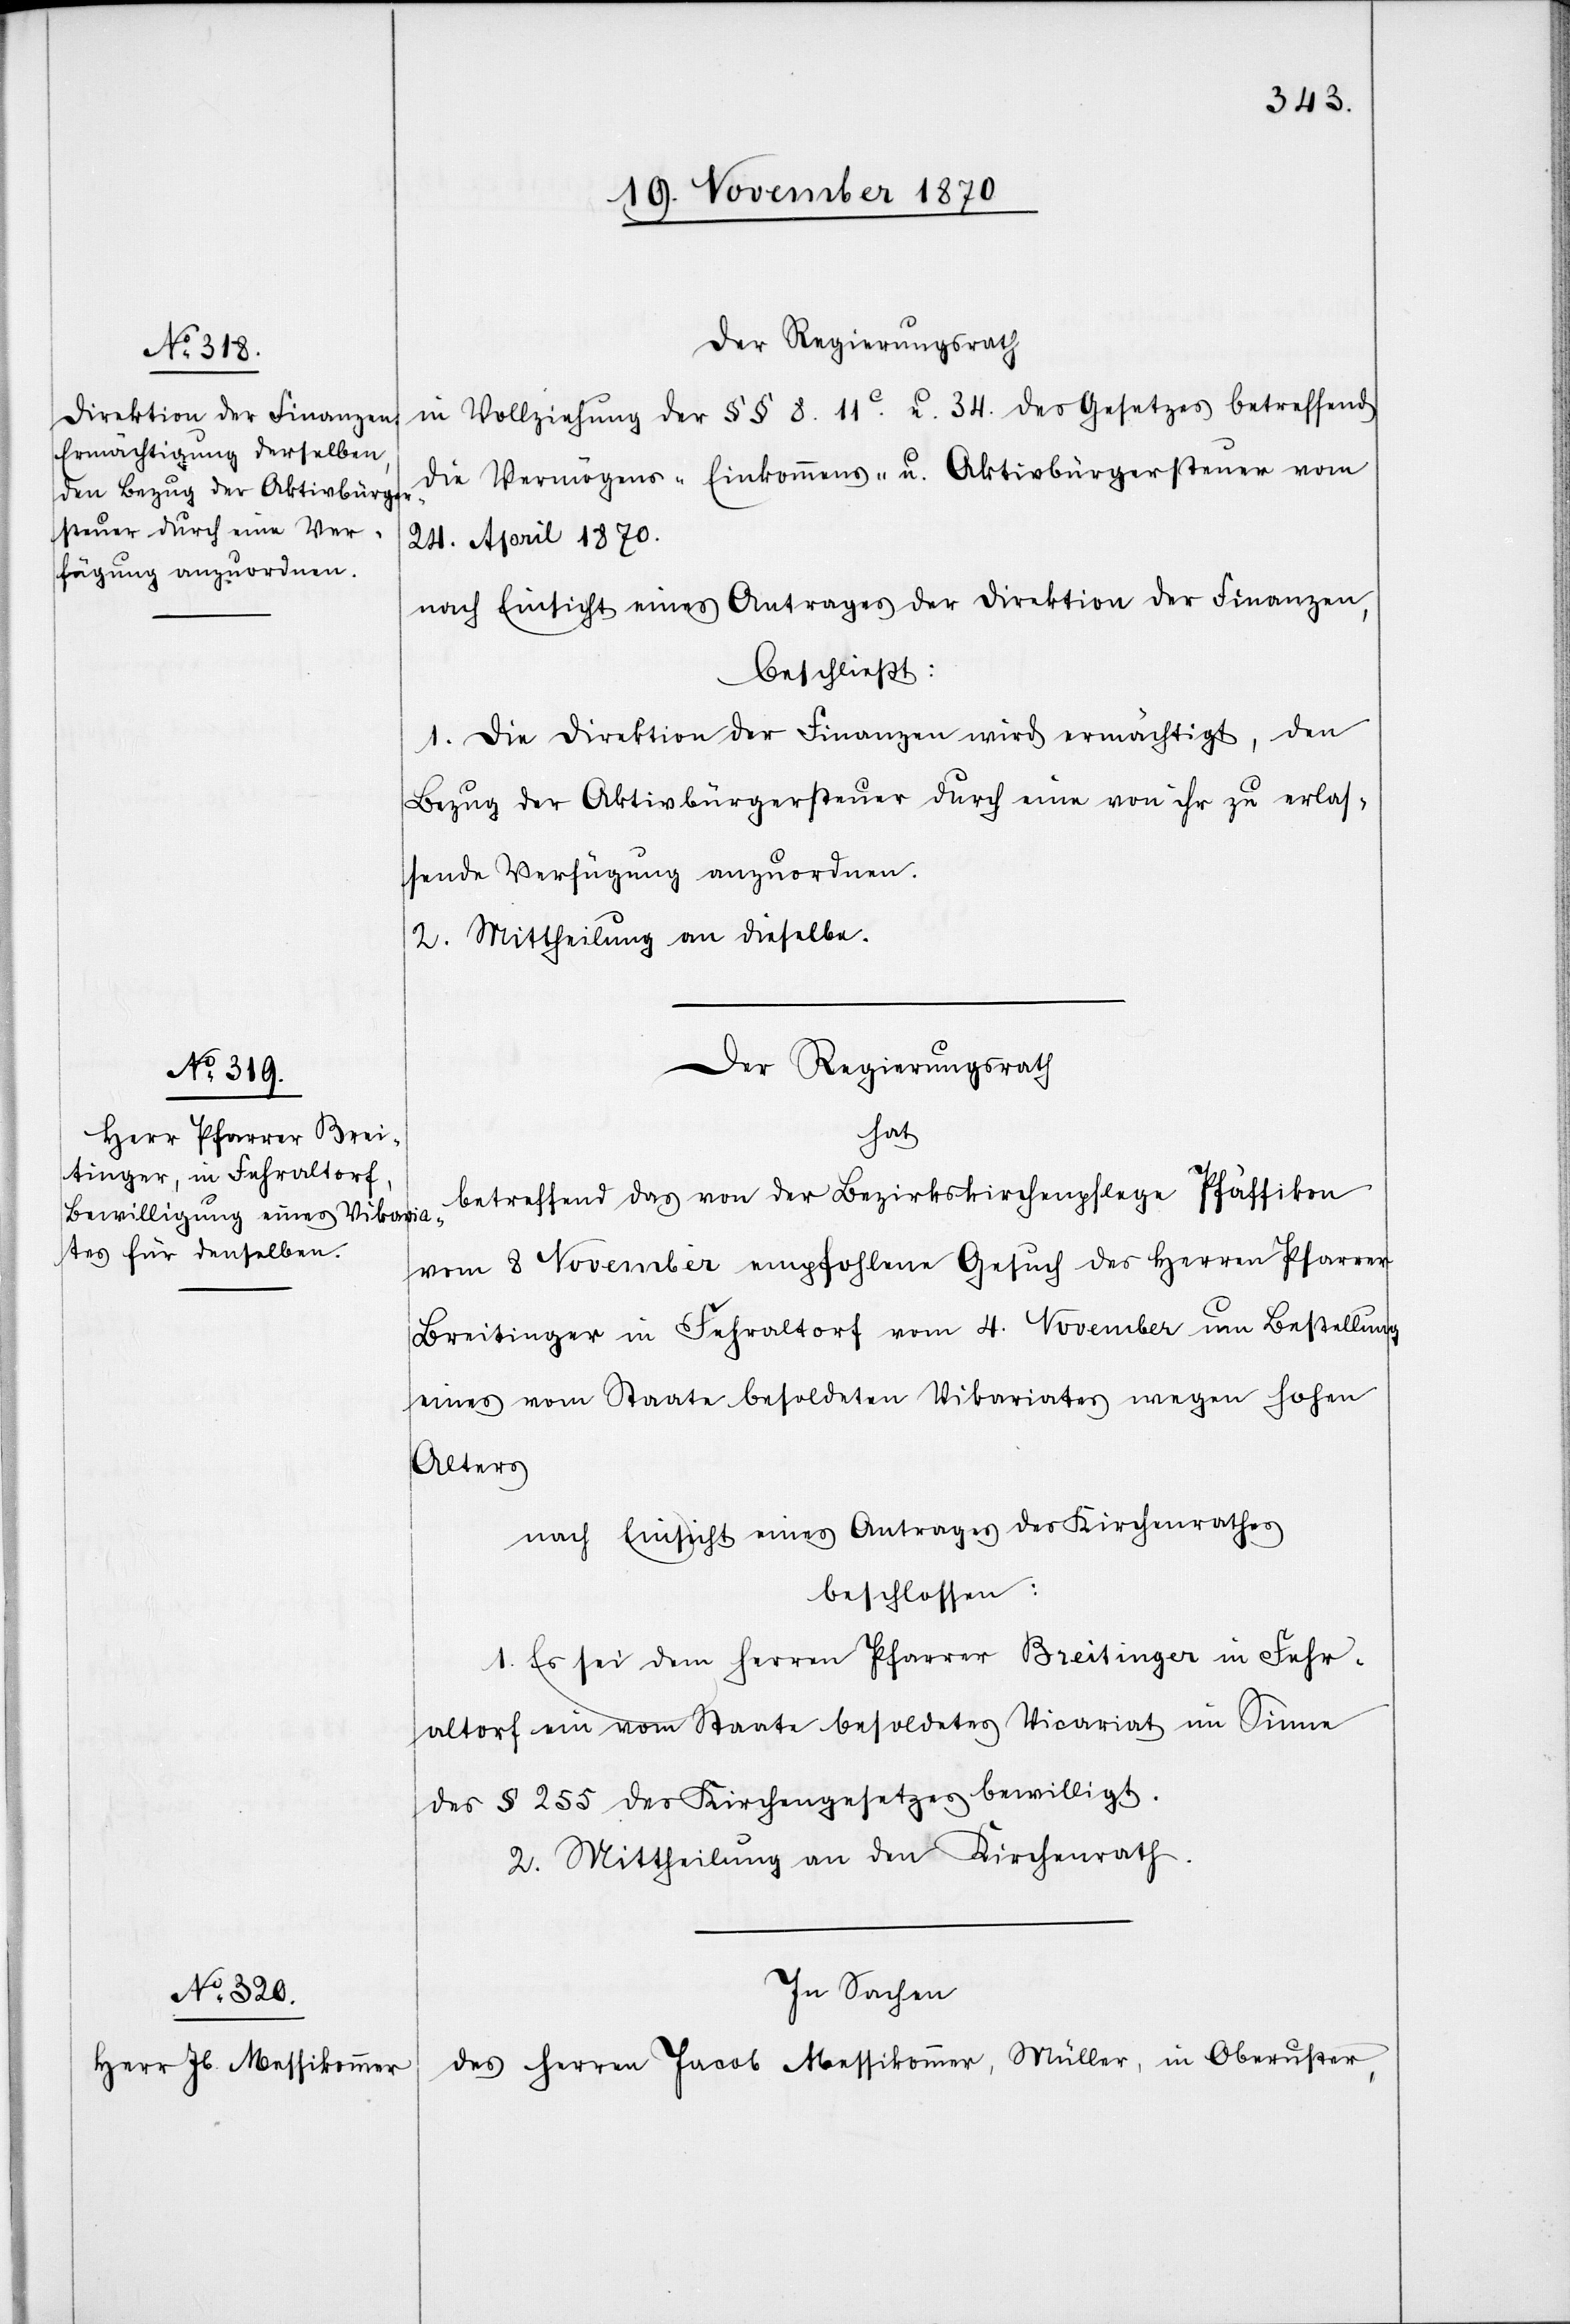
in Vollziehung der §§ 8. 11C. u. 34. des Gesetzes betreffend
die Vermögens-[,] Einkommens- u. Aktivbürgersteuer vom
24. April 1870.
nach Einsicht eines Antrages der Direktion der Finanzen,
beschließt:
1. Die Direktion der Finanzen wird ermächtigt, den
Bezug der Aktivbürgersteuer durch eine von ihr zu erlas¬
sende Verfügung anzuordnen.
2. Mittheilung an dieselbe.
Der Regierungsrath
hat
betreffend das von der Bezirkskirchenpflege Pfäffikon
vom 8 November empfohlene Gesuch des Herren Pfarrer
Breitinger in Fehraltorf vom 4. November um Bestellung
eines vom Staate besoldeten Vikariates wegen hohen
Alters
nach Einsicht eines Antrages des Kirchenrathes
beschlossen:
1. Es sei dem Herren Pfarrer Breitinger in Fehr¬
altorf ein vom Staate besoldetes Vicariat im Sinne
des § 255 des Kirchengesetzes bewilligt.
2. Mittheilung an den Kirchenrath.
In Sachen
des Herren Jacob Messikommer, Müller, in Oberuster,